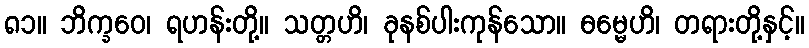
၈၁။ ဘိက္ခဝေ၊ ရဟန်းတို့။ သတ္တဟိ၊ ခုနစ်ပါးကုန်သော။ ဓမ္မေဟိ၊ တရားတို့နှင့်။